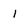
Character: 1